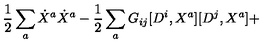
\frac { 1 } { 2 } \sum _ { a } \dot { X } ^ { a } \dot { X } ^ { a } - \frac { 1 } { 2 } \sum _ { a } G _ { i j } [ D ^ { i } , X ^ { a } ] [ D ^ { j } , X ^ { a } ] +